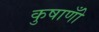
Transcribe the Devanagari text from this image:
कुषाणोँ